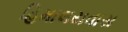
હિમાલયવાસ